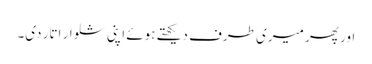
اور پھر میری طرف دیکھتے ہوئے اپنی شلوار اتار دی۔